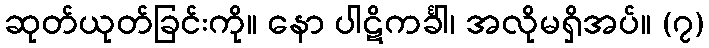
ဆုတ်ယုတ်ခြင်းကို။ နော ပါဋိကင်္ခါ၊ အလိုမရှိအပ်။ (၇)